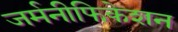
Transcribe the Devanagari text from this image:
जर्मनीफिकेशन